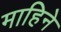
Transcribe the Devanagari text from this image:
माहिने